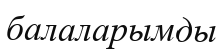
балаларымды